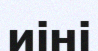
иіні